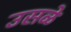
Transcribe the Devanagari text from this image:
उसळे